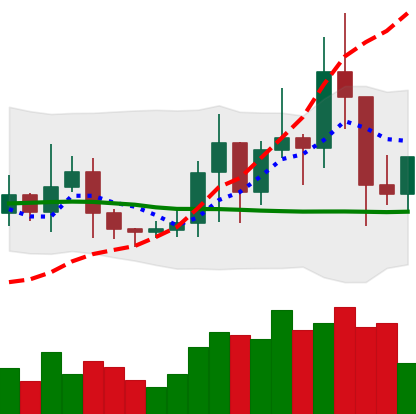
Ticker: TRX-USD
Chart end date: 2021-01-13
Forward return: 4.709%
Label: up_3_5